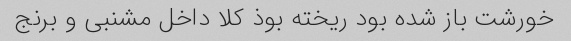
خورشت باز شده بود ریخته بوذ کلا داخل مشنبى و برنج